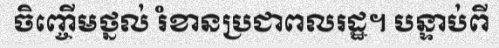
ចិញ្ចើមថ្នល់ រំខានប្រជាពលរដ្ឋ។ បន្ទាប់ពី